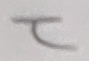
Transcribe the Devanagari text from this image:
ट